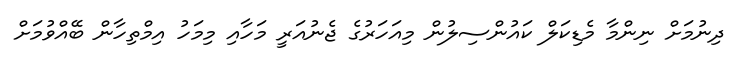
ދިނުމަށް ނިންމާ މެެޑިކަލް ކައުންސިލުން މިއަހަރުގެ ޖެނުއަރީ މަހާއި މިމަހު އިމްތިހާން ބޭއްވުމަށް